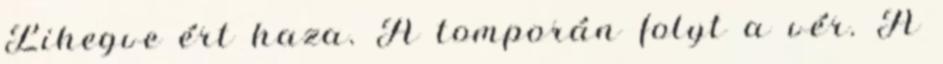
Lihegve ért haza. A tomporán folyt a vér. A